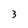
Character: 3